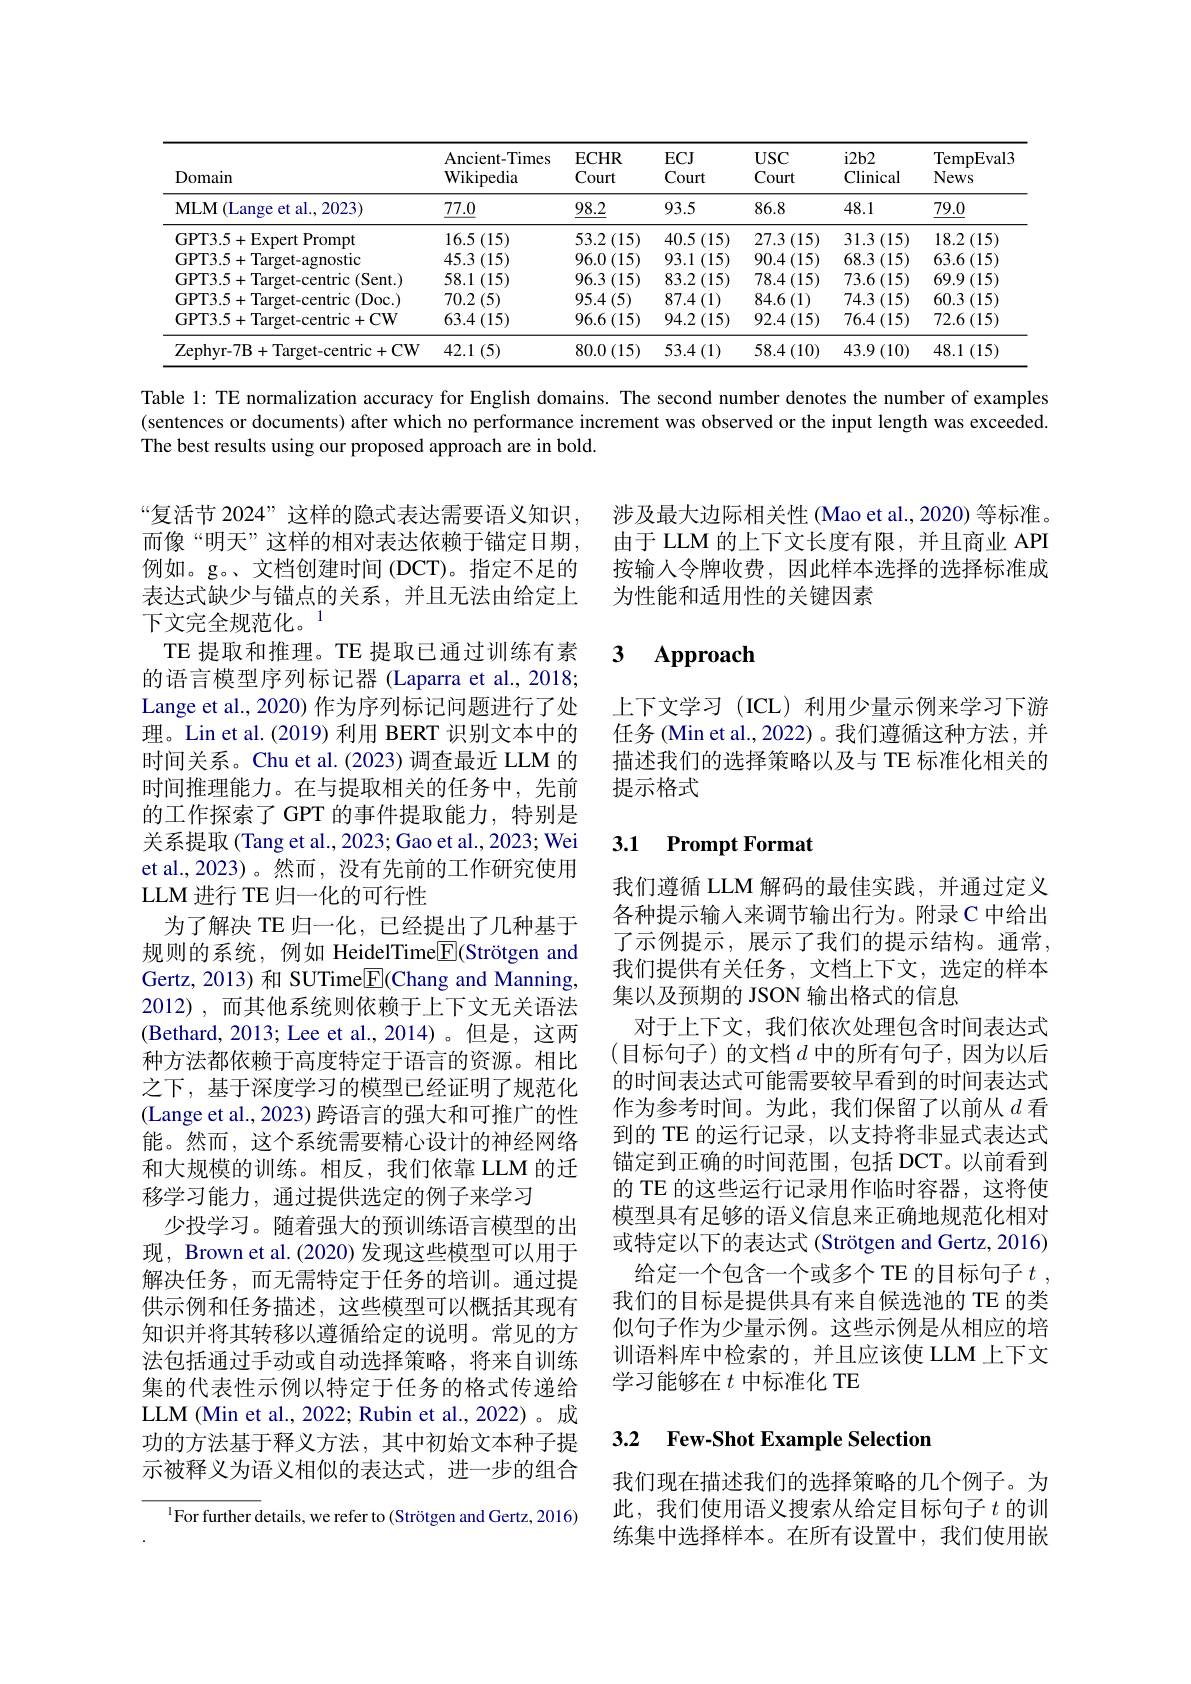
<table>
	<tbody>
		<tr>
			<th>Domain</th>
			<th>Ancient-Times Wikipedia</th>
			<th>ECHR Court</th>
			<th>$ECJ$ Court</th>
			<th>$USC$ Court</th>
			<th>$i2b2$ Clinical</th>
			<th>TempEval3 News</th>
		</tr>
		<tr>
			<td>MLM ( Lange et al. , 2023) </td>
			<td>$\underline{77.0}$</td>
			<td>$\underline{98.2}$</td>
			<td>93.5</td>
			<td>86.8</td>
			<td>48.1</td>
			<td>$\underline{79.0}$</td>
		</tr>
		<tr>
			<td>GPT3.5+Expert Prompt</td>
			<td>$16.5\left(15\right)$</td>
			<td>$53.2\left(15\right)$</td>
			<td>$40.5\left(15\right)$</td>
			<td>$27.3\left(15\right)$</td>
			<td>$31.3\left(15\right)$</td>
			<td>$18.2\left(15\right)$</td>
		</tr>
		<tr>
			<td>GPT3.5+Target-agnostic</td>
			<td>$45.3\left(15\right)$</td>
			<td>$96.0\left(15\right)$</td>
			<td>93.1 (15)</td>
			<td>$90.4\left(15\right)$</td>
			<td>$68.3\left(15\right)$</td>
			<td>$63.6\left(15\right)$</td>
		</tr>
		<tr>
			<td>$GPT3.5+$Target-centric(Sent.)</td>
			<td>$58.1\left(15\right)$</td>
			<td>$96.3\left(15\right)$</td>
			<td>$83.2\left(15\right)$</td>
			<td>78.4 $4\left(15\right)$</td>
			<td>$73.6\left(15\right)$</td>
			<td>$69.9\left(15\right)$</td>
		</tr>
		<tr>
			<td>$GPT3.5+$Target-centric (Doc.)</td>
			<td>$70.2\left(5\right)$</td>
			<td>$95.4\left(5\right)$</td>
			<td>$87.4\left(1\right)$</td>
			<td>$84.6\left(1\right)$ $\frac{1}{2}$</td>
			<td>$74.3\left(15\right)$</td>
			<td>60.3 (15)</td>
		</tr>
		<tr>
			<td>GPT3.5+Target-centric+CW</td>
			<td>$63.4\left(15\right)$</td>
			<td>$96.6\left(15\right)$</td>
			<td>$94.2\left(15\right)$</td>
			<td>$92.4\left(15\right)$</td>
			<td>$76.4\left(15\right)$</td>
			<td>72.6 (15)</td>
		</tr>
		<tr>
			<td>$Zephvr-7B$ $\{+1\}$ $.|araet-$ -centric+CW</td>
			<td>42.1 (5)</td>
			<td>$80.0\left(15\right)$</td>
			<td>$53.4\left(1\right)$</td>
			<td>$58.4\left(10\right)$</td>
			<td>$43.9\left(10\right)$</td>
			<td>48.1 (15)</td>
		</tr>
	</tbody>
</table>

Table 1: TE normalization accuracy for English domains. The second number denotes the number of examples (sentences or documents) after which no performance increment was observed or the input length was exceeded. The best results using our proposed approach are in bold.

涉及最大边际相关性 (Mao et al., 2020) 等标准。由于 LLM 的上下文长度有限，并且商业 API 按输入令牌收费，因此样本选择的选择标准成为性能和适用性的关键因素

### $\textbf{3}$ $\textbf{Approach}$

上下文学习(ICL)利用少量示例来学习下游任务 (Min et al., 2022) 。我们遵循这种方法，并描述我们的选择策略以及与 TE 标准化相关的提示格式

### 3.1 Prompt Format

“复活节 2024”这样的隐式表达需要语义知识， 而像“明天”这样的相对表达依赖于锚定日期， 例如。g。、文档创建时间 (DCT)。指定不足的表达式缺少与锚点的关系，并且无法由给定上下文完全规范化。$^{1}$
TE 提取和推理。TE 提取已通过训练有素的语言模型序列标记器 (Laparra et al., 2018; Lange et al., 2020) 作为序列标记问题进行了处理。Lin et al. (2019) 利用 BERT 识别文本中的时间关系。Chu et al.(2023) 调查最近 LLM 的时间推理能力。在与提取相关的任务中，先前的工作探索了 GPT 的事件提取能力，特别是关系提取 (Tang et al., 2023; Gao et al., 2023; Wei et al.,2023)。然而，没有先前的工作研究使用LLM 进行 TE 归一化的可行性
为了解决 TE 归一化，已经提出了几种基于规则的系统，例如 HeidelTime$\boxed{\mathrm{F}}($Strötgen and Gertz, 2013) 和 SUTime$\overline{\mathrm{E}}$(Chang and Manning, 2012),而其他系统则依赖于上下文无关语法(Bethard,2013; Lee et al.,2014)。但是，这两种方法都依赖于高度特定于语言的资源。相比之下，基于深度学习的模型已经证明了规范化(Lange et al., 2023) 跨语言的强大和可推广的性能。然而，这个系统需要精心设计的神经网络和大规模的训练。相反，我们依靠 LLM 的迁移学习能力，通过提供选定的例子来学习
少投学习。随着强大的预训练语言模型的出现，Brown et al.(2020) 发现这些模型可以用于解决任务，而无需特定于任务的培训。通过提供示例和任务描述，这些模型可以概括其现有知识并将其转移以遵循给定的说明。常见的方法包括通过手动或自动选择策略，将来自训练集的代表性示例以特定于任务的格式传递给LLM (Min et al., 2022; Rubin et al., 2022)。成功的方法基于释义方法，其中初始文本种子提示被释义为语义相似的表达式，进一步的组合

我们遵循 LLM 解码的最佳实践，并通过定义各种提示输入来调节输出行为。附录 C 中给出了示例提示，展示了我们的提示结构。通常， 我们提供有关任务，文档上下文，选定的样本集以及预期的 JSON 输出格式的信息
对于上下文，我们依次处理包含时间表达式(目标句子)的文档$d$ 中的所有句子，因为以后的时间表达式可能需要较早看到的时间表达式作为参考时间。为此，我们保留了以前从$d$ 看到的 TE 的运行记录，以支持将非显式表达式锚定到正确的时间范围，包括 DCT。以前看到的 TE 的这些运行记录用作临时容器，这将使模型具有足够的语义信息来正确地规范化相对或特定以下的表达式 (Strötgen and Gertz, 2016)
给定一个包含一个或多个 TE 的目标句子$t$ , 我们的目标是提供具有来自候选池的 TE 的类似句子作为少量示例。这些示例是从相应的培训语料库中检索的，并且应该使 LLM 上下文学习能够在$t$中标准化 TE

### 3.2 $\textbf{Few- Shot Example Selectior}$

我们现在描述我们的选择策略的几个例子。为此，我们使用语义搜索从给定目标句子$t$ 的训练集中选择样本。在所有设置中，我们使用嵌

$^{1}$For further details, we refer to (Strötgen and Gertz, 2016)